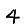
Digit: 4